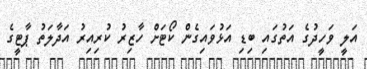
އަލީ ވަހީދުގެ އަތުގައި ބިޑި އަޅުވައިގެން ކޯޓަށް ހާޒިރު ކުރިއިރު އަދާލަތު ޕާޓީގެ